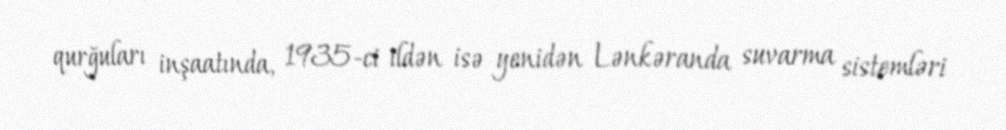
qurğuları inşaatında, 1935-ci ildən isə yenidən Lənkəranda suvarma sistemləri